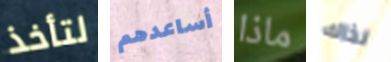
لتأخذ أساعدهم ماذا لذاك